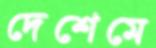
দেশেমে